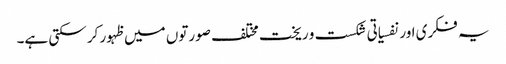
یہ فکری اور نفسیاتی شکست و ریخت مختلف صورتوں میں ظہور کر سکتی ہے۔